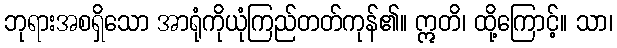
ဘုရားအစရှိသော အာရုံကိုယုံကြည်တတ်ကုန်၏။ ဣတိ၊ ထို့ကြောင့်။ သာ၊